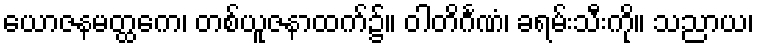
ယောဇနမတ္ထကေ၊ တစ်ယူဇနာထက်၌။ ဝါတိင်္ဂဏံ၊ ခရမ်းသီးကို။ သညာယ၊